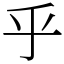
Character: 乎